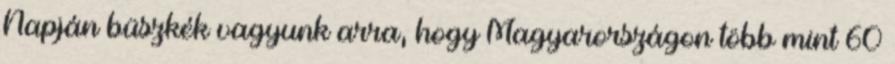
Napján büszkék vagyunk arra, hogy Magyarországon több mint 60